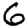
Digit: 6